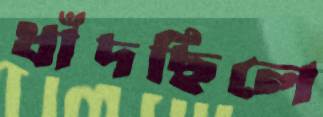
ধাঁদছিলে